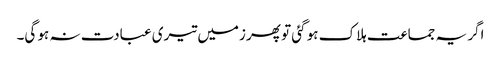
اگر یہ جماعت ہلاک ہو گئی تو پھر زمیں تیری عبادت نہ ہو گی۔